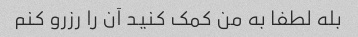
بله لطفا به من کمک کنید آن را رزرو کنم